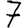
Digit: 7